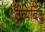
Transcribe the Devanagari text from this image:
द्रव्यबिंदु